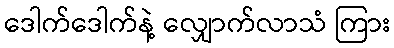
ဒေါက်ဒေါက်နဲ့ လျှောက်လာသံ ကြား